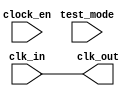
module e203_clkgate (
  input   clk_in,
  input   test_mode,
  input   clock_en,
  output  clk_out
);

//ifdef FPGA_SOURCE//{
    // In the FPGA, the clock gating is just pass through
    assign clk_out = clk_in;
//`endif//}

//`ifndef FPGA_SOURCE//{
//
//reg enb;
//
//always@(*)
//  if (!clk_in)
//    enb = (clock_en | test_mode);
//
//assign clk_out = enb & clk_in;
//
//`endif//}

endmodule